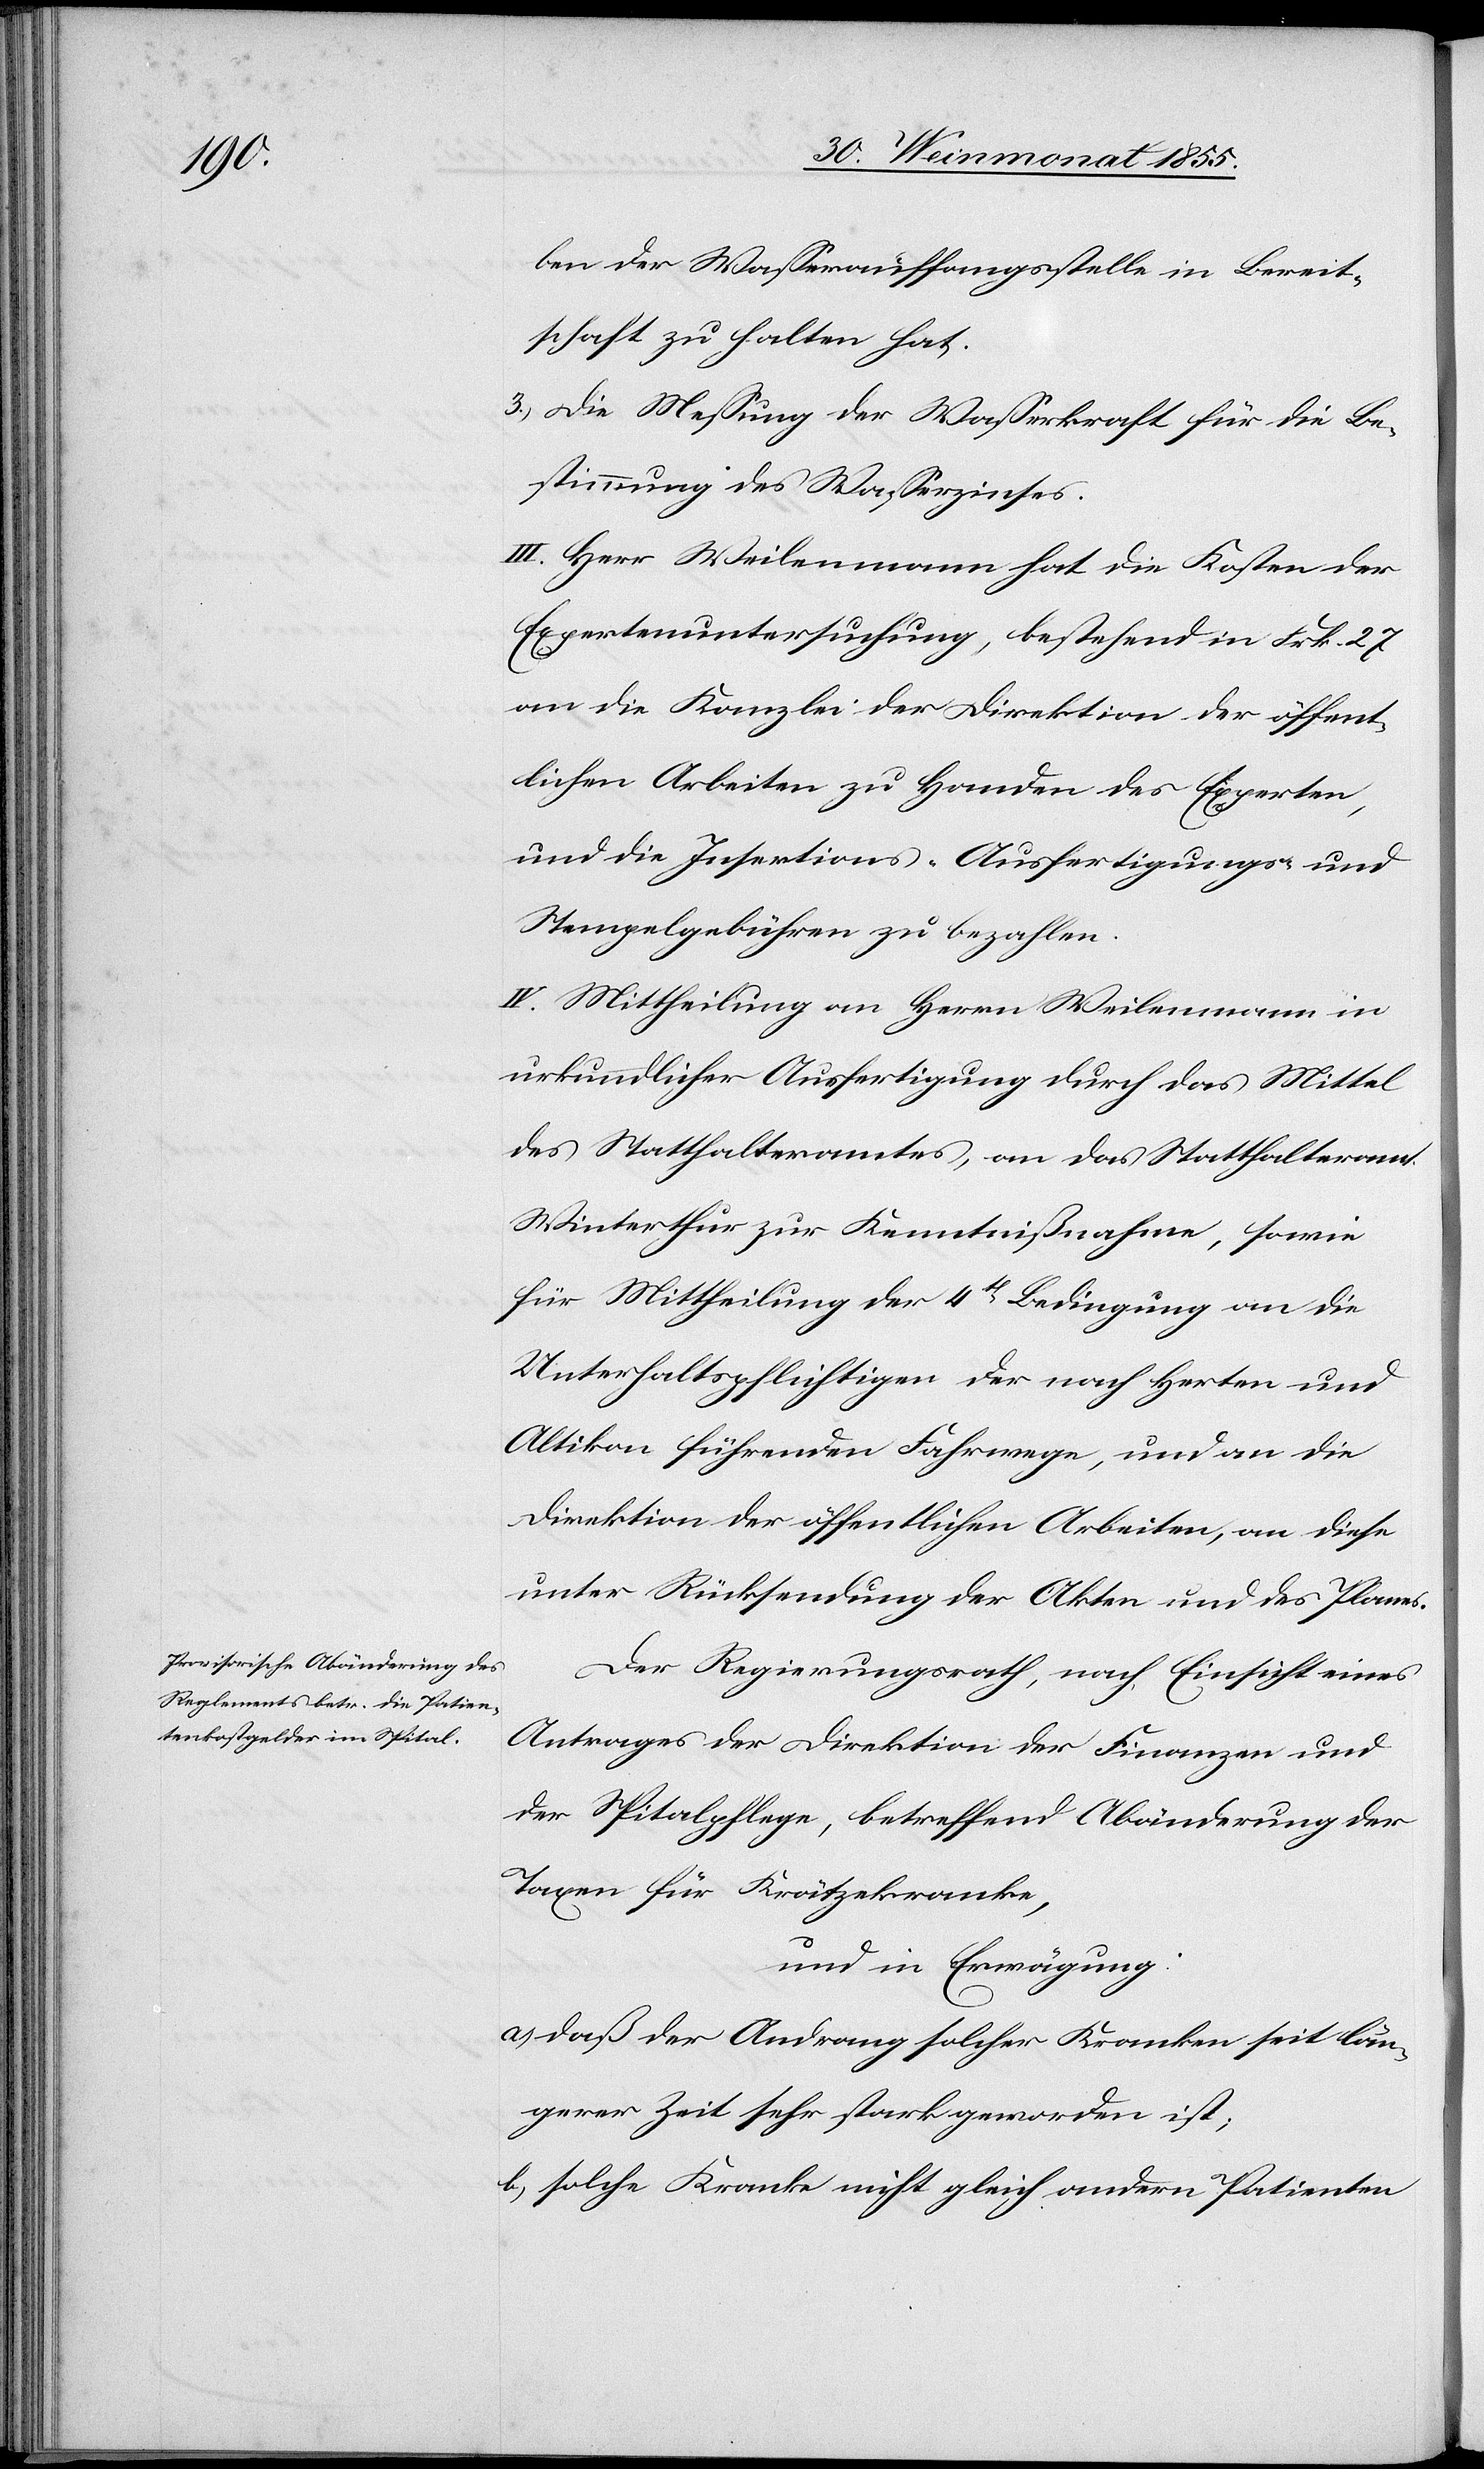
ben der Wasserauffangsstelle in Bereit¬
schaft zu halten hat.
Die Messung der Wasserkraft für die Be¬
stimmung des Wasserzinses.
III. Herr Weilenmann hat die Kosten der
Expertenuntersuchung, bestehend in Frk. 27
an die Kanzlei der Direktion der öffent¬
lichen Arbeiten zu Handen des Experten,
und die Insertions- Ausfertigungs- und
Stempelgebühren zu bezahlen.
IV. Mittheilung an Herrn Weilenmann in
urkundlicher Ausfertigung durch das Mittel
des Statthalteramtes, an das Statthalteramt
Winterthur zur Kenntnißnahme, sowie
für Mittheilung der 4t Bedingung an die
Unterhaltspflichtigen der nach Herten und
Altikon führenden Fahrwege, und an die
Direktion der öffentlichen Arbeiten, an diese
unter Rücksendung der Akten und des Planes.
Der Regierungsrath, nach Einsicht eines
Antrages der Direktion der Finanzen und
der Spitalpflege, betreffend Abänderung der
Taxen für Krätzekranke,
und in Erwägung:
daß der Andrang solcher Kranken seit län¬
gerer Zeit sehr stark geworden ist;
solche Kranke nicht gleich andern Patienten